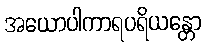
အယောပါကာရပရိယန္တော